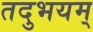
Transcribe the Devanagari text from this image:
तदुभयम्